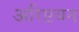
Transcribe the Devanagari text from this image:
अरिष्टबन